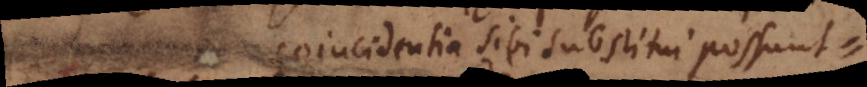
Coincidentia sibi substitui possunt.